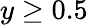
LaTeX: y\geq 0.5